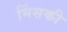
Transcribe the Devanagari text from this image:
मिंसकी